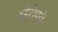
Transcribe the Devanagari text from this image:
दुहेरीमद्ये